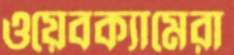
ওয়েবক্যামেরা